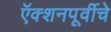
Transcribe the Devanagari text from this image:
ऍक्शनपूर्वीचे